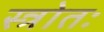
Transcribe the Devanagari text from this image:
स्त्रोतः